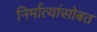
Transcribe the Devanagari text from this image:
निर्मात्यांसोबत